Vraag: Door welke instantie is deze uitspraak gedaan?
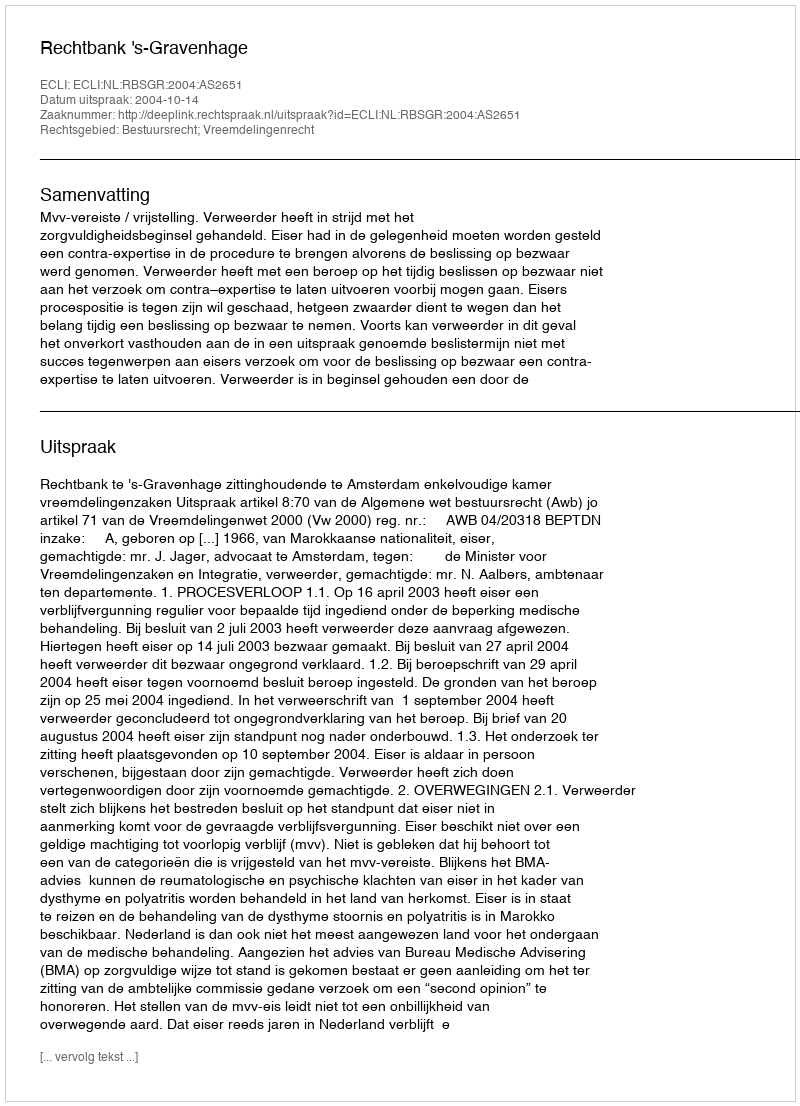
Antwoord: Rechtbank 's-Gravenhage